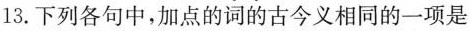
13. 下列各句中，加点的词的古今义相同的一项是